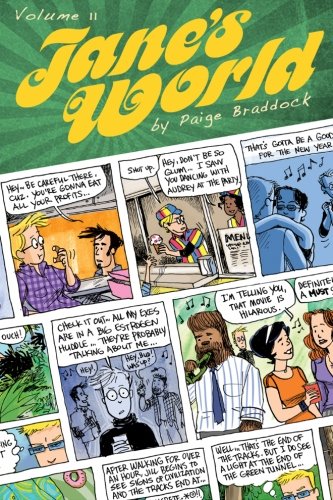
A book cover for Jane's World, Volume 11; Paige Braddock; Comics & Graphic Novels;